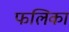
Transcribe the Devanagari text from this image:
फलिका